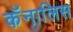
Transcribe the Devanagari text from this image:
कॅनालिस